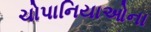
ચોપાનિયાઓના